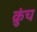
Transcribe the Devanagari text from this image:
क्रुंच